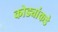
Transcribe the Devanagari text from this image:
कोड्यांकडे